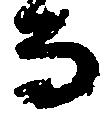
而